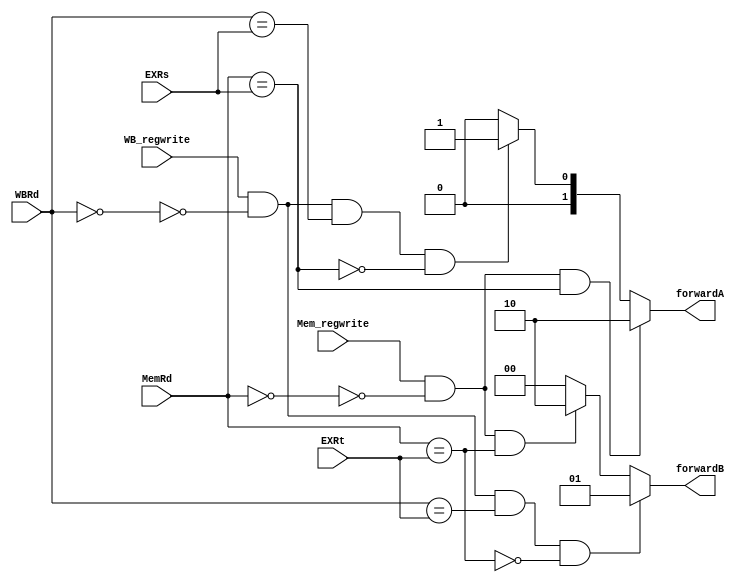
module ForwardUnit(input [4:0]MemRd,WBRd,EXRs,EXRt , input Mem_regwrite, WB_regwrite, output reg [1:0] forwardA ,forwardB);

	always @ (MemRd,WBRd,EXRs,Mem_regwrite,WB_regwrite) begin
		if(Mem_regwrite && ~(MemRd==0) && (MemRd == EXRs))
			forwardA=2'b10;
		else if(WB_regwrite && ~(WBRd==0) && (WBRd==EXRs) && ~(MemRd==EXRs))
			forwardA=2'b01;
		else	
			forwardA=2'b00;
	end
		
	always @ (MemRd,WBRd,EXRs,Mem_regwrite,WB_regwrite) begin
		if(WB_regwrite && ~(WBRd==0) && (WBRd==EXRt) && ~(MemRd==EXRt))
			forwardB=2'b01;
		else if(Mem_regwrite && ~(MemRd==0) && (MemRd == EXRt))
			forwardB=2'b10;
		else	
			forwardB=2'b00;
	end	
	
endmodule